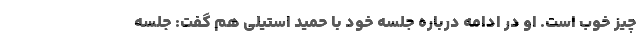
چیز خوب است. او در ادامه درباره جلسه خود با حمید استیلی هم گفت: جلسه